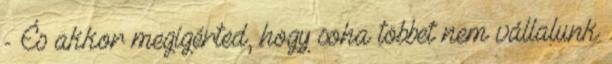
- És akkor megígérted, hogy soha többet nem vállalunk